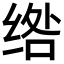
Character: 绺